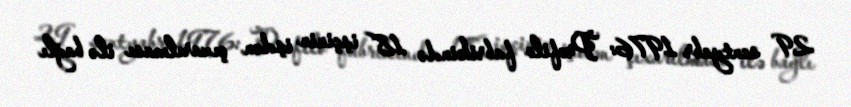
29 sentyabr 1976: Profilo fabrikində 18 işçinin işdən çıxarılması ilə bağlı